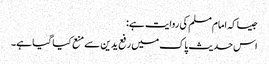
جیساکہ امام مسلم کی روایت ہے:
اس حدیث پاک میں رفع یدین سے منع کیا گیا ہے۔